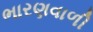
ભારણવાળી